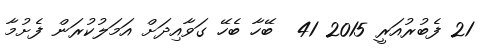
21 ފެބުރުއަރީ 2015 41  ބޭހާ ބެހޭ ގަވާއިދަށް އަމަލުކުރަން ފެށުމާ